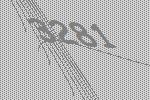
3281